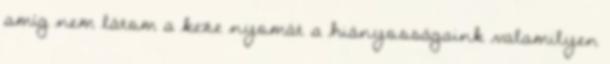
amíg nem látom a keze nyomát a hiányosságaink valamilyen